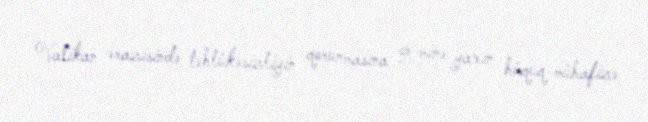
Vatikan ərazisində təhlükəsizliyin qorunmasına 2 minə yaxın hüquq-mühafizə